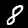
Label: 8